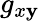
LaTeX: {g}_{x\mathbf{y}}